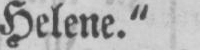
Helene.“